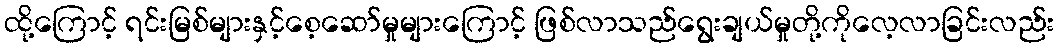
ထို့ကြောင့် ရင်းမြစ်များနှင့်စေ့ဆော်မှုများကြောင့် ဖြစ်လာသည်ရွေးချယ်မှုတို့ကိုလေ့လာခြင်းလည်း